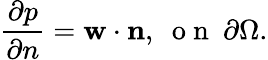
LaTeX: \frac{\partial p}{\partial n}=\mathbf{w}\cdot\mathbf{n},\ \mathrm{~o~n~}\ \partial\Omega.